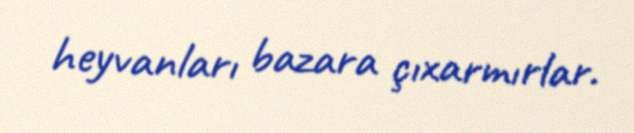
heyvanları bazara çıxarmırlar.